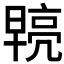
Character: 𭧓